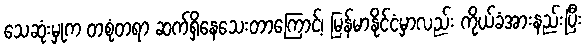
သေဆုံးမှုက တစုံတရာ ဆက်ရှိနေသေးတာကြောင့်၊ မြန်မာနိုင်ငံမှာလည်း ကိုယ်ခံအားနည်းပြီး